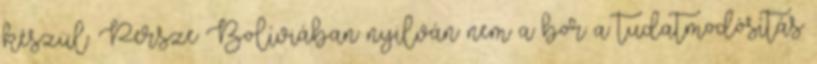
készül. Persze Bolíviában nyilván nem a bor a tudatmodósítás